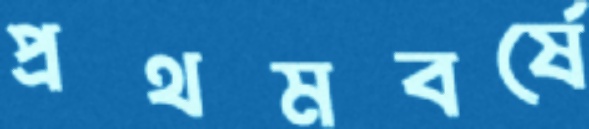
প্রথমবর্ষে